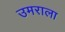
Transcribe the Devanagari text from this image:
उमराला